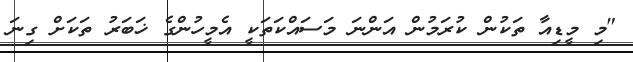
"މި މީޑިއާ ތަކުން ކުރަމުން އަންނަ މަސައްކަތަކީ އެމީހުންގެ ޚަބަރު ތަކަށް ގިނަ